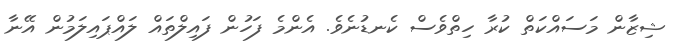
ޝިޒާން މަސައްކަތް ކުރާ ހިތްވެސް ކެނޑުނެވެ. އެންމެ ފަހުން ފައިލްތައް ލައްޕައިލަމުން އޭނާ